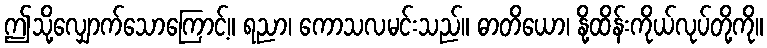
ဤသို့လျှောက်သောကြောင့်။ ရညာ၊ ကောသလမင်းသည်။ ဓာတိယော၊ နို့ထိန်းကိုယ်လုပ်တို့ကို။